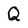
Character: Q